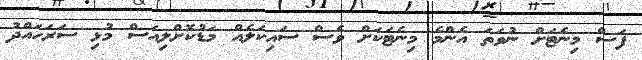
ފަސް މިނެޓަށް ނުވަތަ އެންމެ މިނެޓަކަށް ވެސް ސައިކަލެއް މަޑުކޮށްލިއަސް މުޅި ސަރަހައްދު